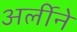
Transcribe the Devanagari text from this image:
अर्लीने